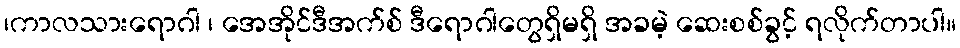
၊ကာလသားရောဂါ ၊ အေအိုင်ဒီအက်စ် ဒီရောဂါတွေရှိမရှိ အခမဲ့ ဆေးစစ်ခွင့် ရလိုက်တာပါ။